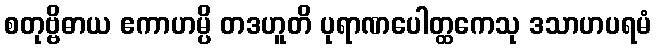
စတုဗ္ဗိဓာယ ဧကာဟမ္ပိ တဒဟူတိ ပုရာဏပေါတ္ထကေသု ဒသာဟပရမံ